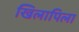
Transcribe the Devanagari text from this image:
खिलापिला